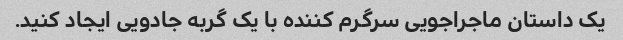
یک داستان ماجراجویی سرگرم کننده با یک گربه جادویی ایجاد کنید.